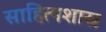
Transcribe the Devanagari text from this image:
साहित्यशास्र